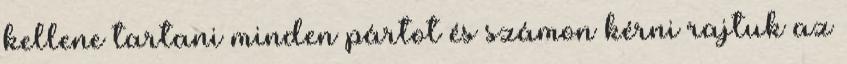
kellene tartani minden pártot és számon kérni rajtuk az